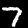
Label: 7